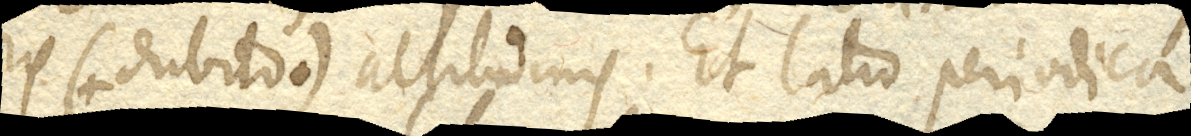
ris (+ dubito +) altitudinis. Et latio periodica